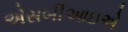
એસબીઆઇએ